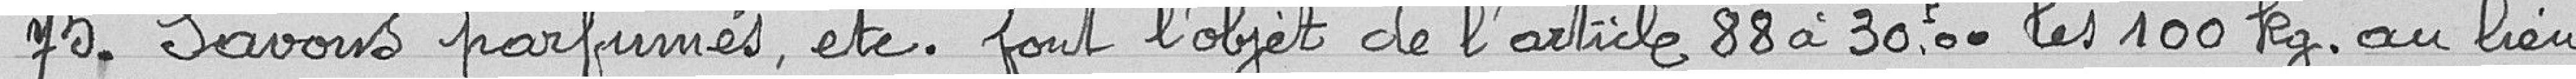
75. Savons parfumés, etc. font l’objet de l’article 88 à 30,00 francs les 100 kilogrammes au lieu